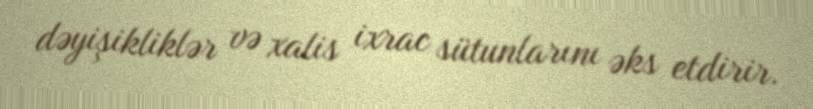
dəyişikliklər və xalis ixrac sütunlarını əks etdirir.